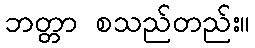
ဘတ္တာ စသည်တည်း။